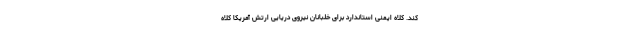
کند. کلاه ایمنی استاندارد برای خلبانان نیروی دریایی ارتش آمریکا کلاه